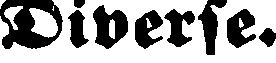
Diverse.